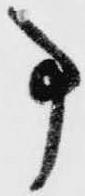
事